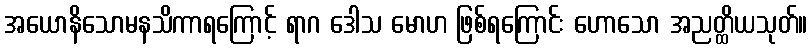
အယောနိသောမနသိကာရကြောင့် ရာဂ ဒေါသ မောဟ ဖြစ်ရကြောင်း ဟောသော အညတ္ထိယသုတ်။